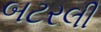
બટરલી